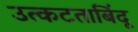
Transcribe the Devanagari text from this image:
उत्कटताबिंदू